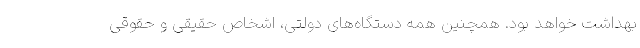
بهداشت خواهد بود. همچنین همه دستگاه‌های دولتی، اشخاص حقیقی و حقوقی